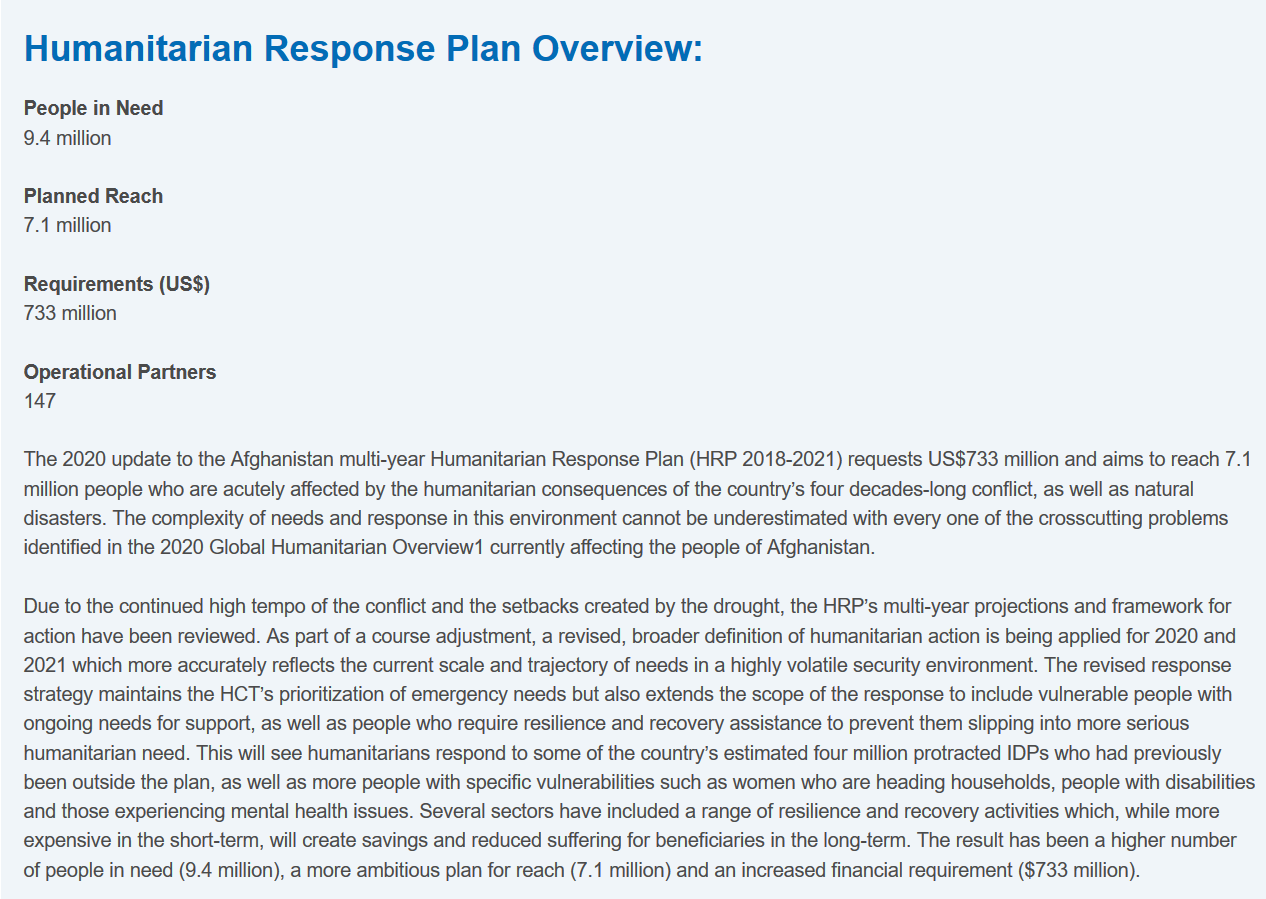
Humanitarian    Response    Plan    Overview:
   Due to the continued high tempo of the conflict and the setbacks created by the drought, the HRP’s multi-year projections and framework for
   action have been reviewed. As part of a course adjustment, a revised, broader definition of humanitarian action is being applied for 2020 and
   2021 which more accurately reflects the current scale and trajectory of needs in a highly volatile security environment. The revised response
   strategy maintains the HCT’s prioritization of emergency needs but also extends the scope of the response to include vulnerable people with
   ongoing needs for support, as well as people who require resilience and recovery assistance to prevent them slipping into more serious
   humanitarian need. This will see humanitarians respond to some of the country’s estimated four million protracted IDPs who had previously
   been outside the plan, as well as more people with specific vulnerabilities such as women who are heading households, people with disabilities
   and those experiencing mental health issues. Several sectors have included a range of resilience and recovery activities which, while more
   expensive in the short-term, will create savings and reduced suffering for beneficiaries in the long-term. The result has been a higher number
   of people in need (9.4 million), a more ambitious plan for reach (7.1 million) and an increased financial requirement ($733 million).
   People in Need
   Planned Reach
   Requirements (US$)
   Operational Partners
   147
   7.1 million
   The 2020 update to the Afghanistan multi-year Humanitarian Response Plan (HRP 2018-2021) requests US$733 million and aims to reach 7.1
   million people who are acutely affected by the humanitarian consequences of the country’s four decades-long conflict, as well as natural
   disasters. The complexity of needs and response in this environment cannot be underestimated with every one of the crosscutting problems
   identified in the 2020 Global Humanitarian Overview1 currently affecting the people of Afghanistan.